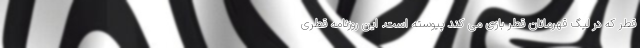
قطر که در لیگ قهرمانان قطر بازی می کند پیوسته است. این روزنامه قطری